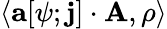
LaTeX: \langle\mathbf{a}[\psi;\mathbf{j}]\cdot\mathbf{A},\rho\rangle